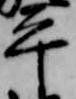
平